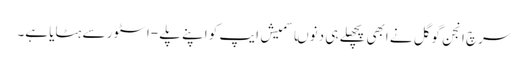
سرچ انجن گوگل نے ابھی پچھلے ہی دنوںاسمیش ایپ کو اپنے پلے -اسٹور سے ہٹایا ہے۔